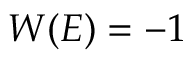
W ( E ) = - 1